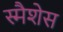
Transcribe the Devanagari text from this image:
स्मैशेस